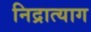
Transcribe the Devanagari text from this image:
निद्रात्याग